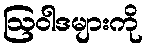
ဩဝါဒများကို